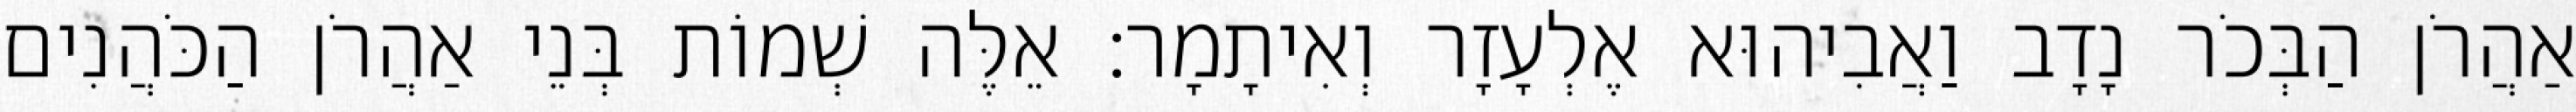
אַהֲרֹן הַבְּכֹר נָדָב וַאֲבִיהוּא אֶלְעָזָר וְאִיתָמָר׃ אֵלֶּה שְׁמוֹת בְּנֵי אַהֲרֹן הַכֹּהֲנִים